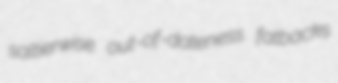
saltierwise out-of-dateness fatbacks